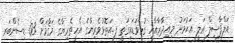
އަލްފާޟިލް ޢަލީ އަޙުމަދު މިއިދާރާއާއި ގުޅިވަޑައިގަތީ ފ.އަތޮޅުވެރިޔާގެ އެހީތެރިޔާގެ މަޤާމަށް 03 ޑިސެންބަރ